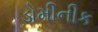
ડોમીનીક